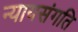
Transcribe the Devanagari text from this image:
न्यायसंगति